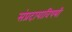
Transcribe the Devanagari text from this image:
संप्रदायाविषयी